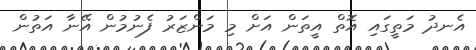
އެނދު މަތީގައި އޮތް އީތަން އަށް މި މަންޒަރު ފެނުމުން އޭނާ އަތުން